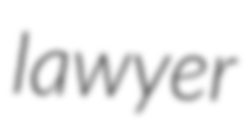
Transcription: lawyer